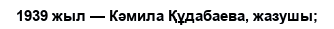
1939 жыл — Кәмила Құдабаева, жазушы;